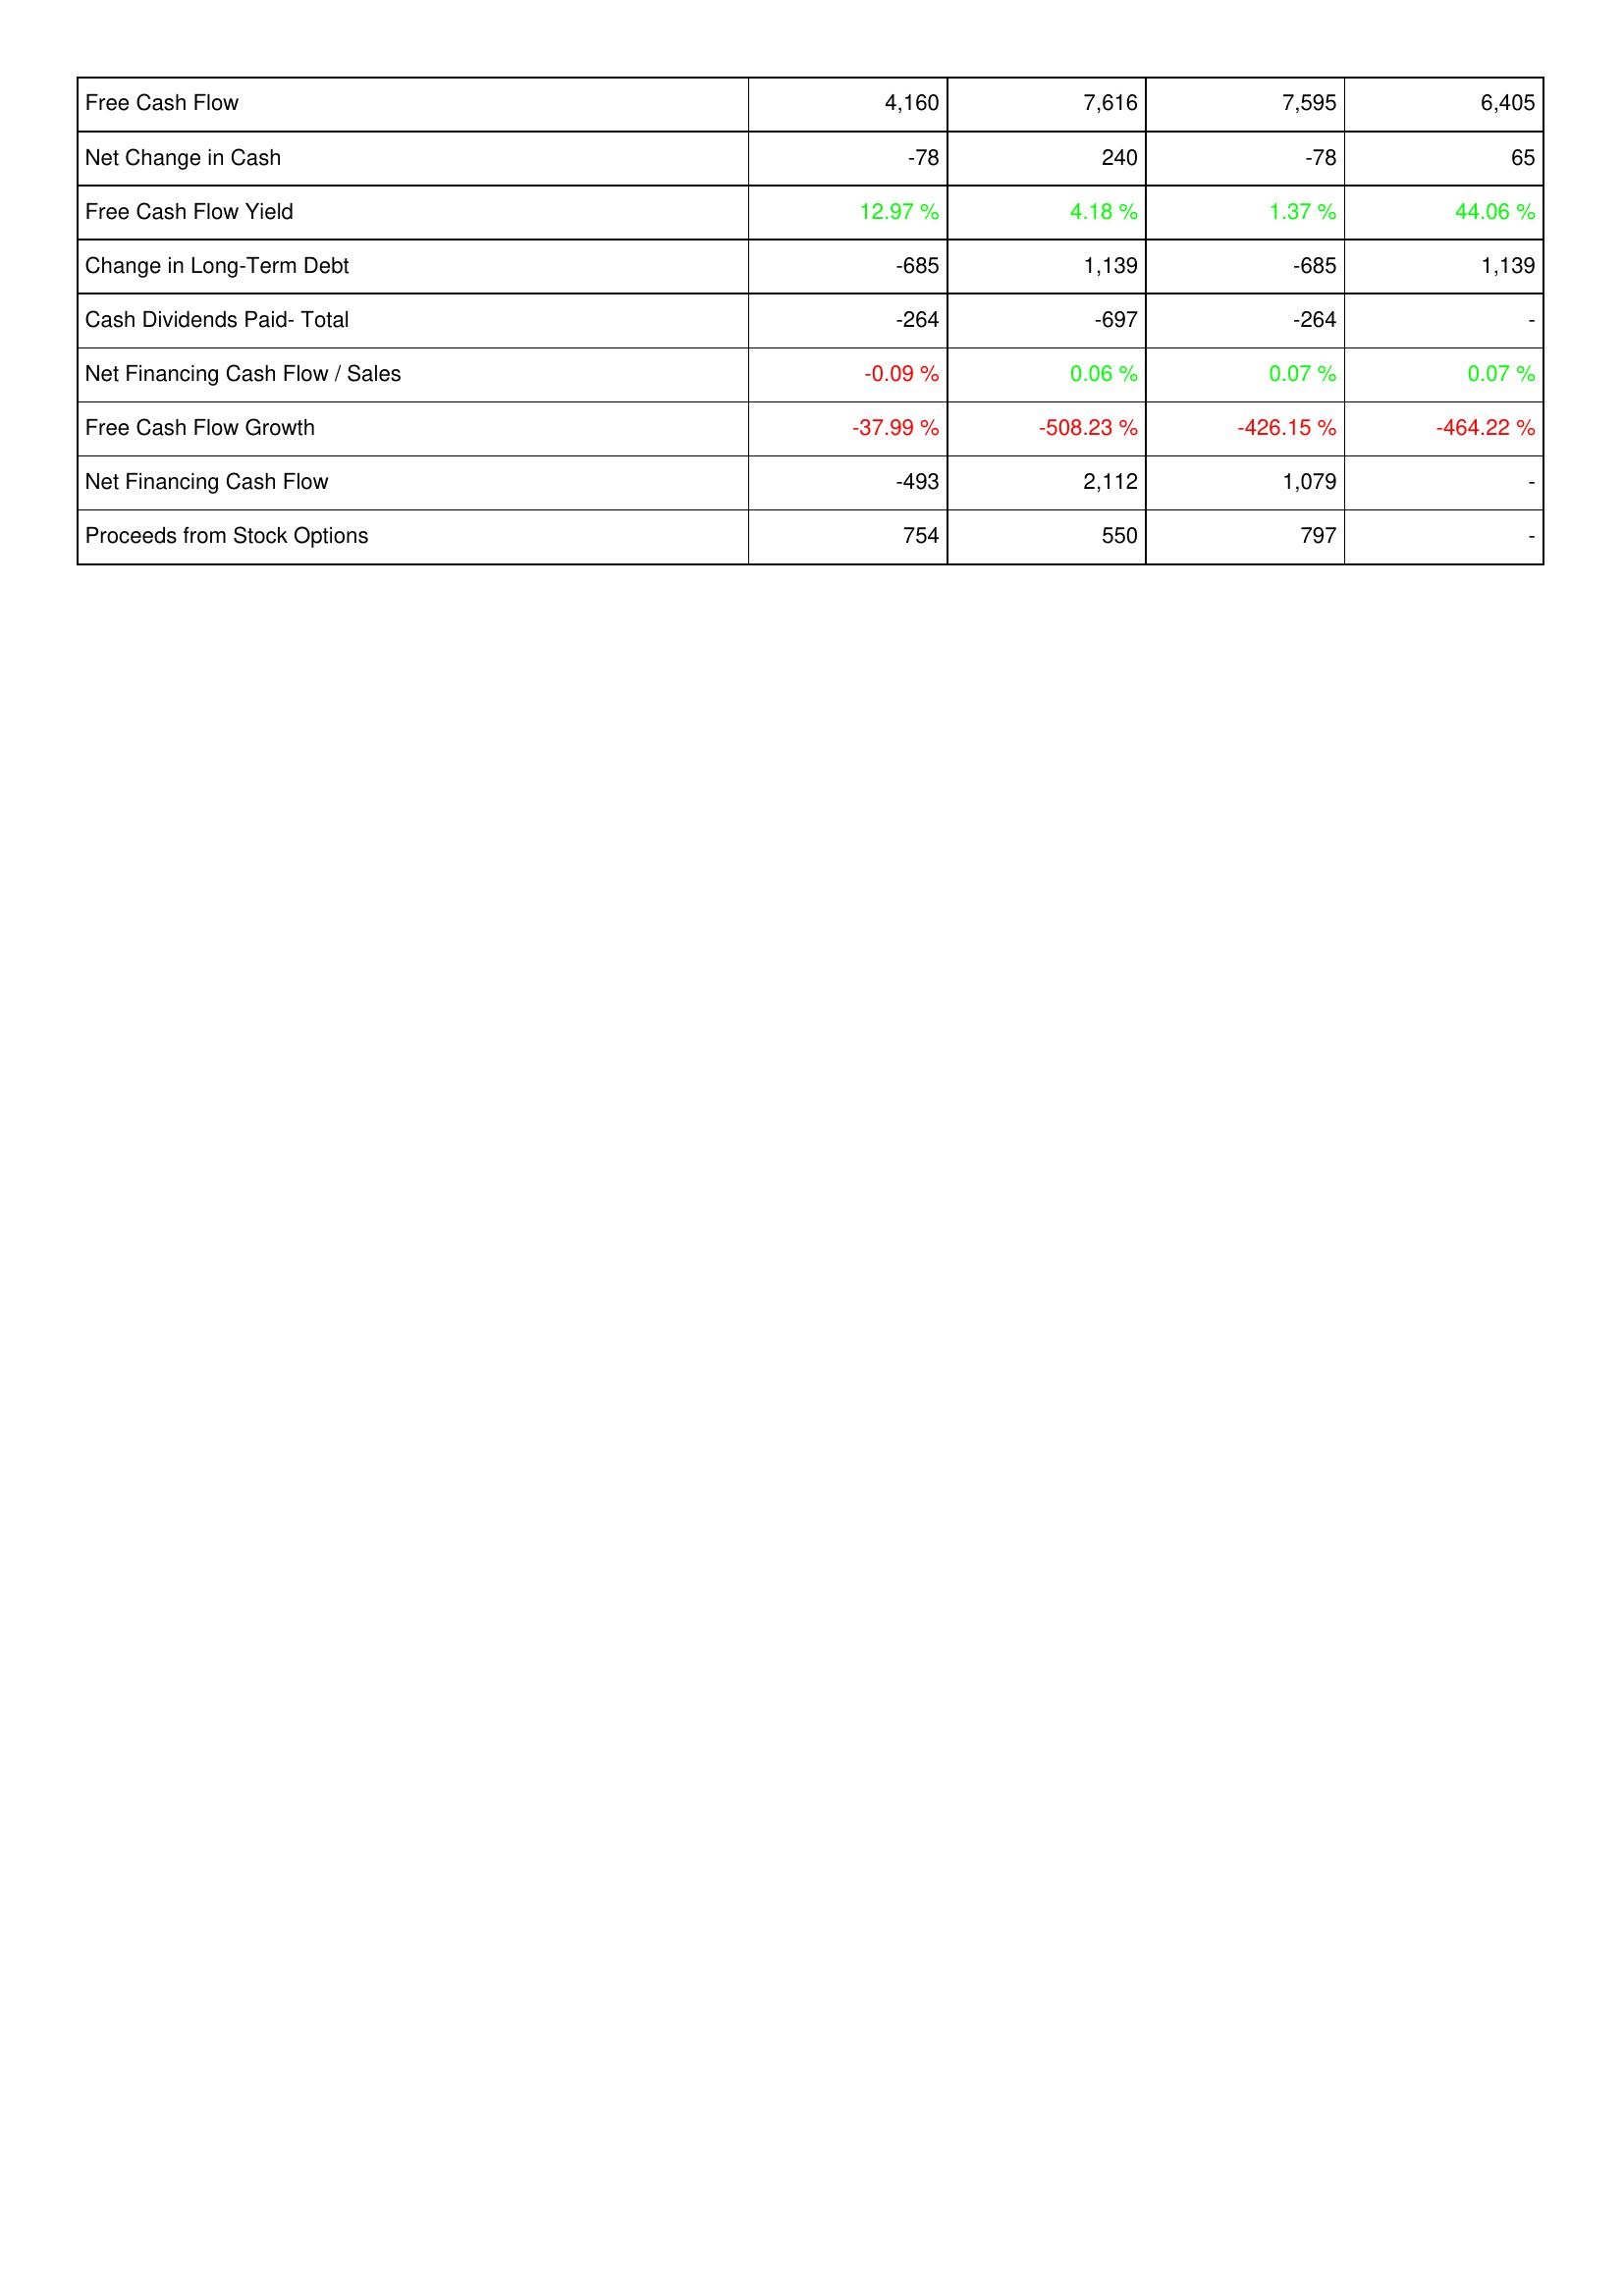
2020: Financing Activities: Free Cash Flow: 4,160
Net Change in Cash: -78
Free Cash Flow Yield: 12.97 %
Change in Long-Term Debt: -685
Cash Dividends Paid- Total: -264
Net Financing Cash Flow / Sales: -0.09 %
Free Cash Flow Growth: -37.99 %
Net Financing Cash Flow: -493
Proceeds from Stock Options: 754
2021: Financing Activities: Free Cash Flow: 7,616
Net Change in Cash: 240
Free Cash Flow Yield: 4.18 %
Change in Long-Term Debt: 1,139
Cash Dividends Paid- Total: -697
Net Financing Cash Flow / Sales: 0.06 %
Free Cash Flow Growth: -508.23 %
Net Financing Cash Flow: 2,112
Proceeds from Stock Options: 550
2022: Financing Activities: Free Cash Flow: 7,595
Net Change in Cash: -78
Free Cash Flow Yield: 1.37 %
Change in Long-Term Debt: -685
Cash Dividends Paid- Total: -264
Net Financing Cash Flow / Sales: 0.07 %
Free Cash Flow Growth: -426.15 %
Net Financing Cash Flow: 1,079
Proceeds from Stock Options: 797
2023: Financing Activities: Free Cash Flow: 6,405
Net Change in Cash: 65
Free Cash Flow Yield: 44.06 %
Change in Long-Term Debt: 1,139
Cash Dividends Paid- Total: -
Net Financing Cash Flow / Sales: 0.07 %
Free Cash Flow Growth: -464.22 %
Net Financing Cash Flow: -
Proceeds from Stock Options: -